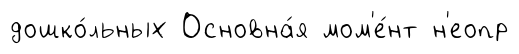
дошко́льных Основна́я мом'е́нт н'еопр